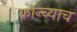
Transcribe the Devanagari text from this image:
कोन्च्याच